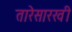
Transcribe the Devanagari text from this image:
तारेसारखी